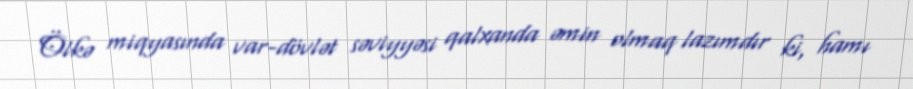
Ölkə miqyasında var-dövlət səviyyəsi qalxanda əmin olmaq lazımdır ki, hamı